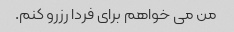
من می خواهم برای فردا رزرو کنم.